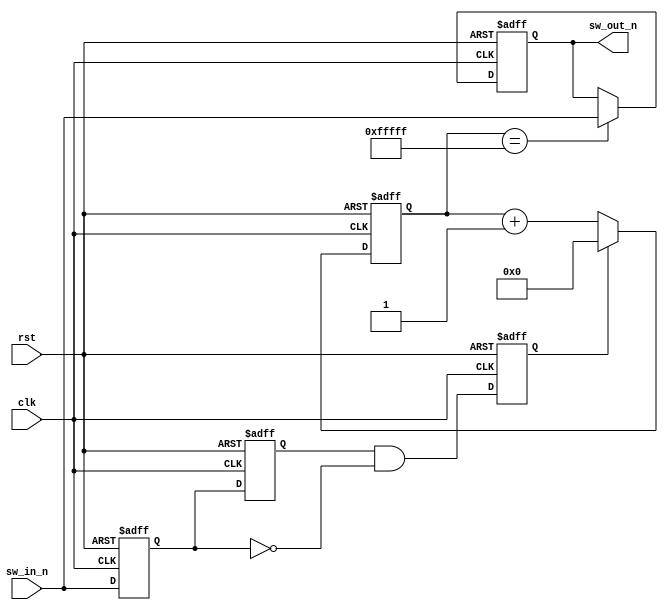
`timescale 1ns / 1ps

module btn_out(
	input clk, //50MHz
	input rst,
	input sw_in_n,
	output reg sw_out_n
);


	reg sw_mid_r1, sw_mid_r2, sw_valid;

	always@(posedge clk or posedge rst) begin
		if(rst) begin
			sw_mid_r1 <= 1; // synchronize 1 clock 
			sw_mid_r2 <= 1; // delay 1 clock
			sw_valid <= 0; // gen negedge
		end
		else begin
			sw_mid_r1 <= sw_in_n;
			sw_mid_r2 <= sw_mid_r1;
			sw_valid <= sw_mid_r2 & (~sw_mid_r1);
		end
	end

	reg [19:0] key_cnt;

	always@(posedge clk or posedge rst) begin
		if(rst) begin
			key_cnt <= 0;
		end
		else if(sw_valid) begin
			key_cnt <= 0;
		end
		else begin
			key_cnt <= key_cnt + 1; //20ms
		end
	end

	always@(posedge clk or posedge rst) begin
		if(rst) begin
			sw_out_n <= 1;
		end
		else if(key_cnt == 20'hfffff) begin
			sw_out_n <= sw_in_n;
		end
	end

endmodule